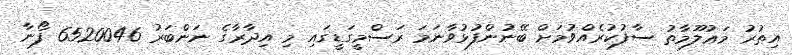
އިތުރު މަޢުލޫމާތު ސާފުކުރެއްވުމަށް ބޭނުންފުޅުވާނަމަ ރަސްމީގަޑީގައި މި އިދާރާގެ ނަންބަރު 6520046 ފޯނާ